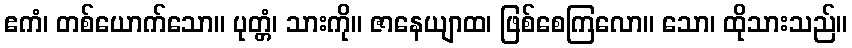
ဧကံ၊ တစ်ယောက်သော။ ပုတ္တံ၊ သားကို။ ဇာနေယျာထ၊ ဖြစ်စေကြလော။ သော၊ ထိုသားသည်။